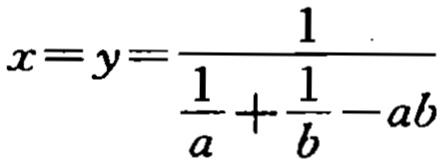
\(x=y=\frac{1}{\frac{1}{a}+\frac{1}{b}-ab}\)